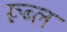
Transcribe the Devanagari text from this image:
रूब्ल